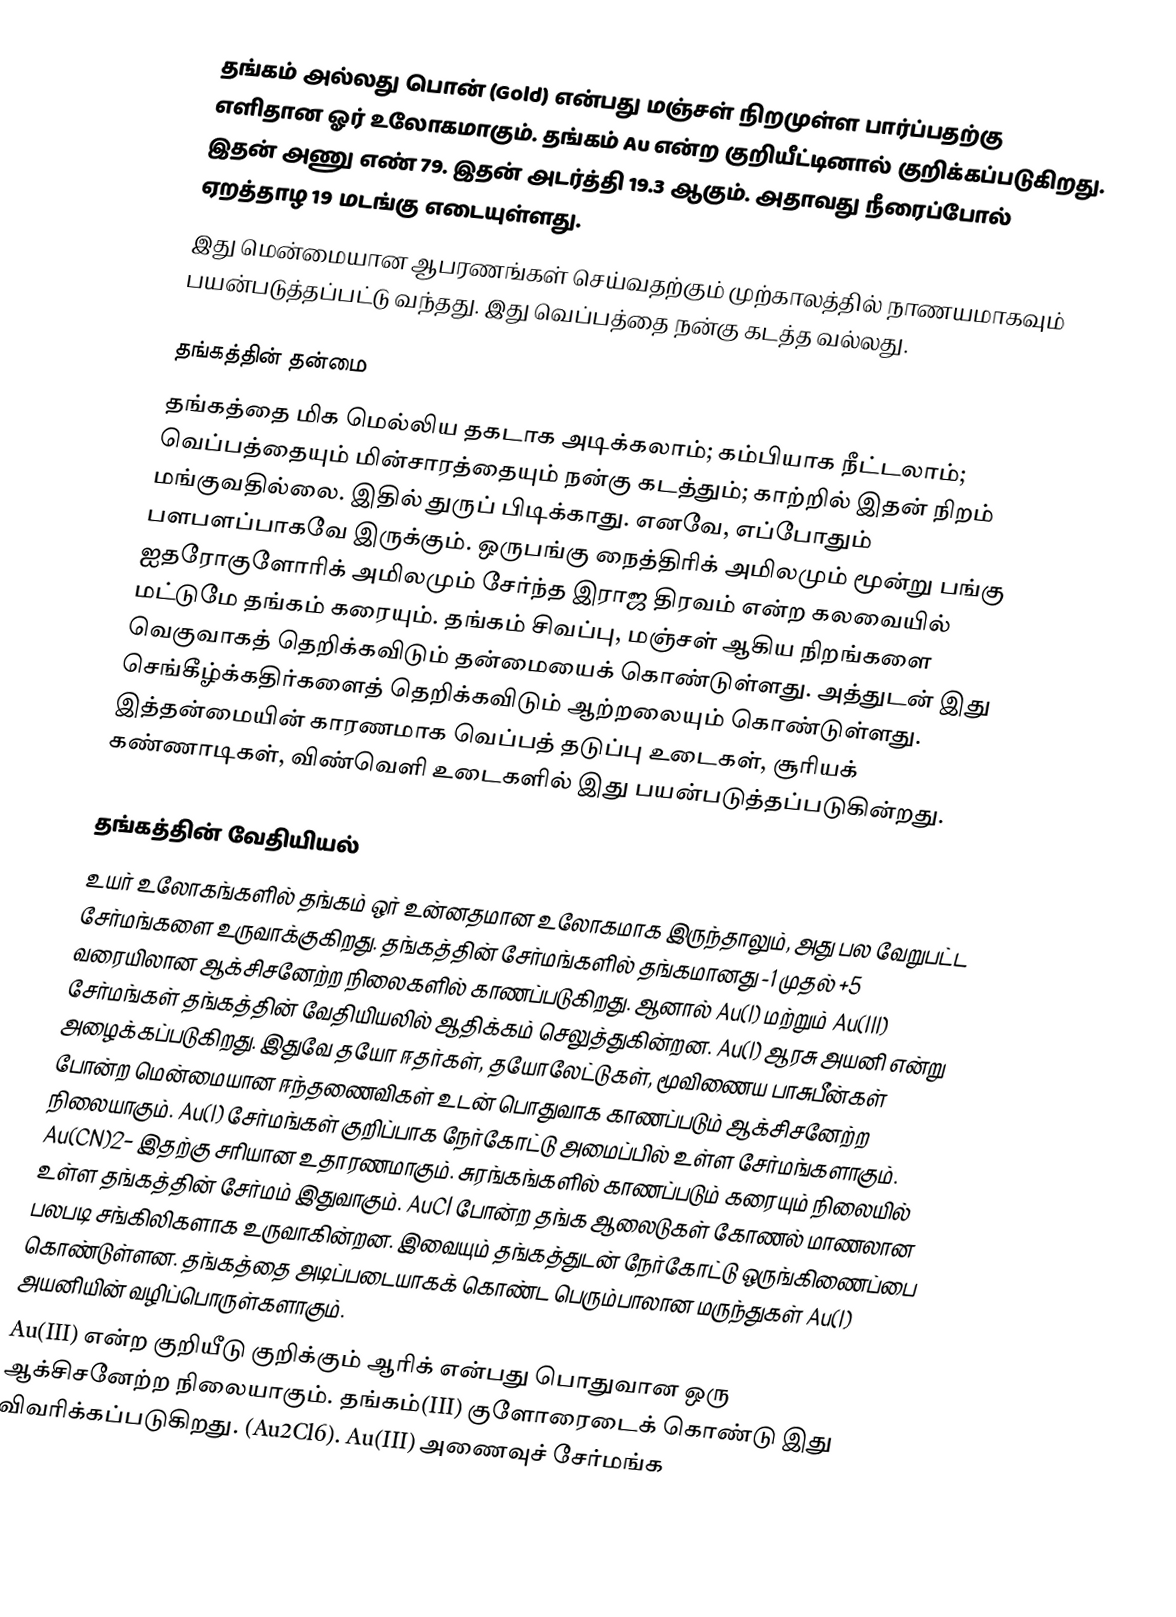
தங்கம் அல்லது பொன் (Gold) என்பது மஞ்சள் நிறமுள்ள பார்ப்பதற்கு எளிதான ஓர் உலோகமாகும். தங்கம் Au என்ற குறியீட்டினால் குறிக்கப்படுகிறது. இதன் அணு எண் 79.  இதன் அடர்த்தி 19.3 ஆகும். அதாவது நீரைப்போல் ஏறத்தாழ 19 மடங்கு எடையுள்ளது.
இது மென்மையான ஆபரணங்கள் செய்வதற்கும் முற்காலத்தில் நாணயமாகவும் பயன்படுத்தப்பட்டு வந்தது. இது வெப்பத்தை நன்கு கடத்த வல்லது.

தங்கத்தின் தன்மை
தங்கத்தை மிக மெல்லிய தகடாக அடிக்கலாம்; கம்பியாக நீட்டலாம்; வெப்பத்தையும் மின்சாரத்தையும் நன்கு கடத்தும்; காற்றில் இதன் நிறம் மங்குவதில்லை. இதில் துருப் பிடிக்காது. எனவே, எப்போதும் பளபளப்பாகவே இருக்கும். ஒருபங்கு நைத்திரிக் அமிலமும் மூன்று பங்கு ஐதரோகுளோரிக் அமிலமும் சேர்ந்த இராஜ திரவம் என்ற கலவையில் மட்டுமே தங்கம் கரையும். தங்கம் சிவப்பு, மஞ்சள் ஆகிய நிறங்களை வெகுவாகத் தெறிக்கவிடும் தன்மையைக் கொண்டுள்ளது. அத்துடன் இது செங்கீழ்க்கதிர்களைத் தெறிக்கவிடும் ஆற்றலையும் கொண்டுள்ளது. இத்தன்மையின் காரணமாக வெப்பத் தடுப்பு உடைகள், சூரியக் கண்ணாடிகள், விண்வெளி உடைகளில் இது பயன்படுத்தப்படுகின்றது.

தங்கத்தின் வேதியியல்
உயர் உலோகங்களில் தங்கம் ஒர் உன்னதமான உலோகமாக இருந்தாலும், அது பல வேறுபட்ட சேர்மங்களை உருவாக்குகிறது. தங்கத்தின் சேர்மங்களில் தங்கமானது -1 முதல் +5 வரையிலான ஆக்சிசனேற்ற நிலைகளில் காணப்படுகிறது. ஆனால் Au(I) மற்றும் Au(III) சேர்மங்கள் தங்கத்தின் வேதியியலில் ஆதிக்கம் செலுத்துகின்றன. Au(I) ஆரசு அயனி என்று அழைக்கப்படுகிறது. இதுவே தயோ ஈதர்கள், தயோலேட்டுகள், மூவிணைய பாசுபீன்கள் போன்ற மென்மையான ஈந்தணைவிகள் உடன் பொதுவாக காணப்படும் ஆக்சிசனேற்ற நிலையாகும். Au(I) சேர்மங்கள் குறிப்பாக நேர்கோட்டு அமைப்பில் உள்ள சேர்மங்களாகும். Au(CN)2− இதற்கு சரியான உதாரணமாகும். சுரங்கங்களில் காணப்படும் கரையும் நிலையில் உள்ள தங்கத்தின் சேர்மம் இதுவாகும். AuCl போன்ற தங்க ஆலைடுகள் கோணல் மாணலான பலபடி சங்கிலிகளாக உருவாகின்றன. இவையும் தங்கத்துடன் நேர்கோட்டு ஒருங்கிணைப்பை கொண்டுள்ளன. தங்கத்தை அடிப்படையாகக் கொண்ட பெரும்பாலான மருந்துகள் Au(I) அயனியின் வழிப்பொருள்களாகும்.
Au(III) என்ற குறியீடு குறிக்கும் ஆரிக் என்பது பொதுவான ஒரு ஆக்சிசனேற்ற நிலையாகும். தங்கம்(III) குளோரைடைக் கொண்டு இது விவரிக்கப்படுகிறது. (Au2Cl6).  Au(III) அணைவுச் சேர்மங்க